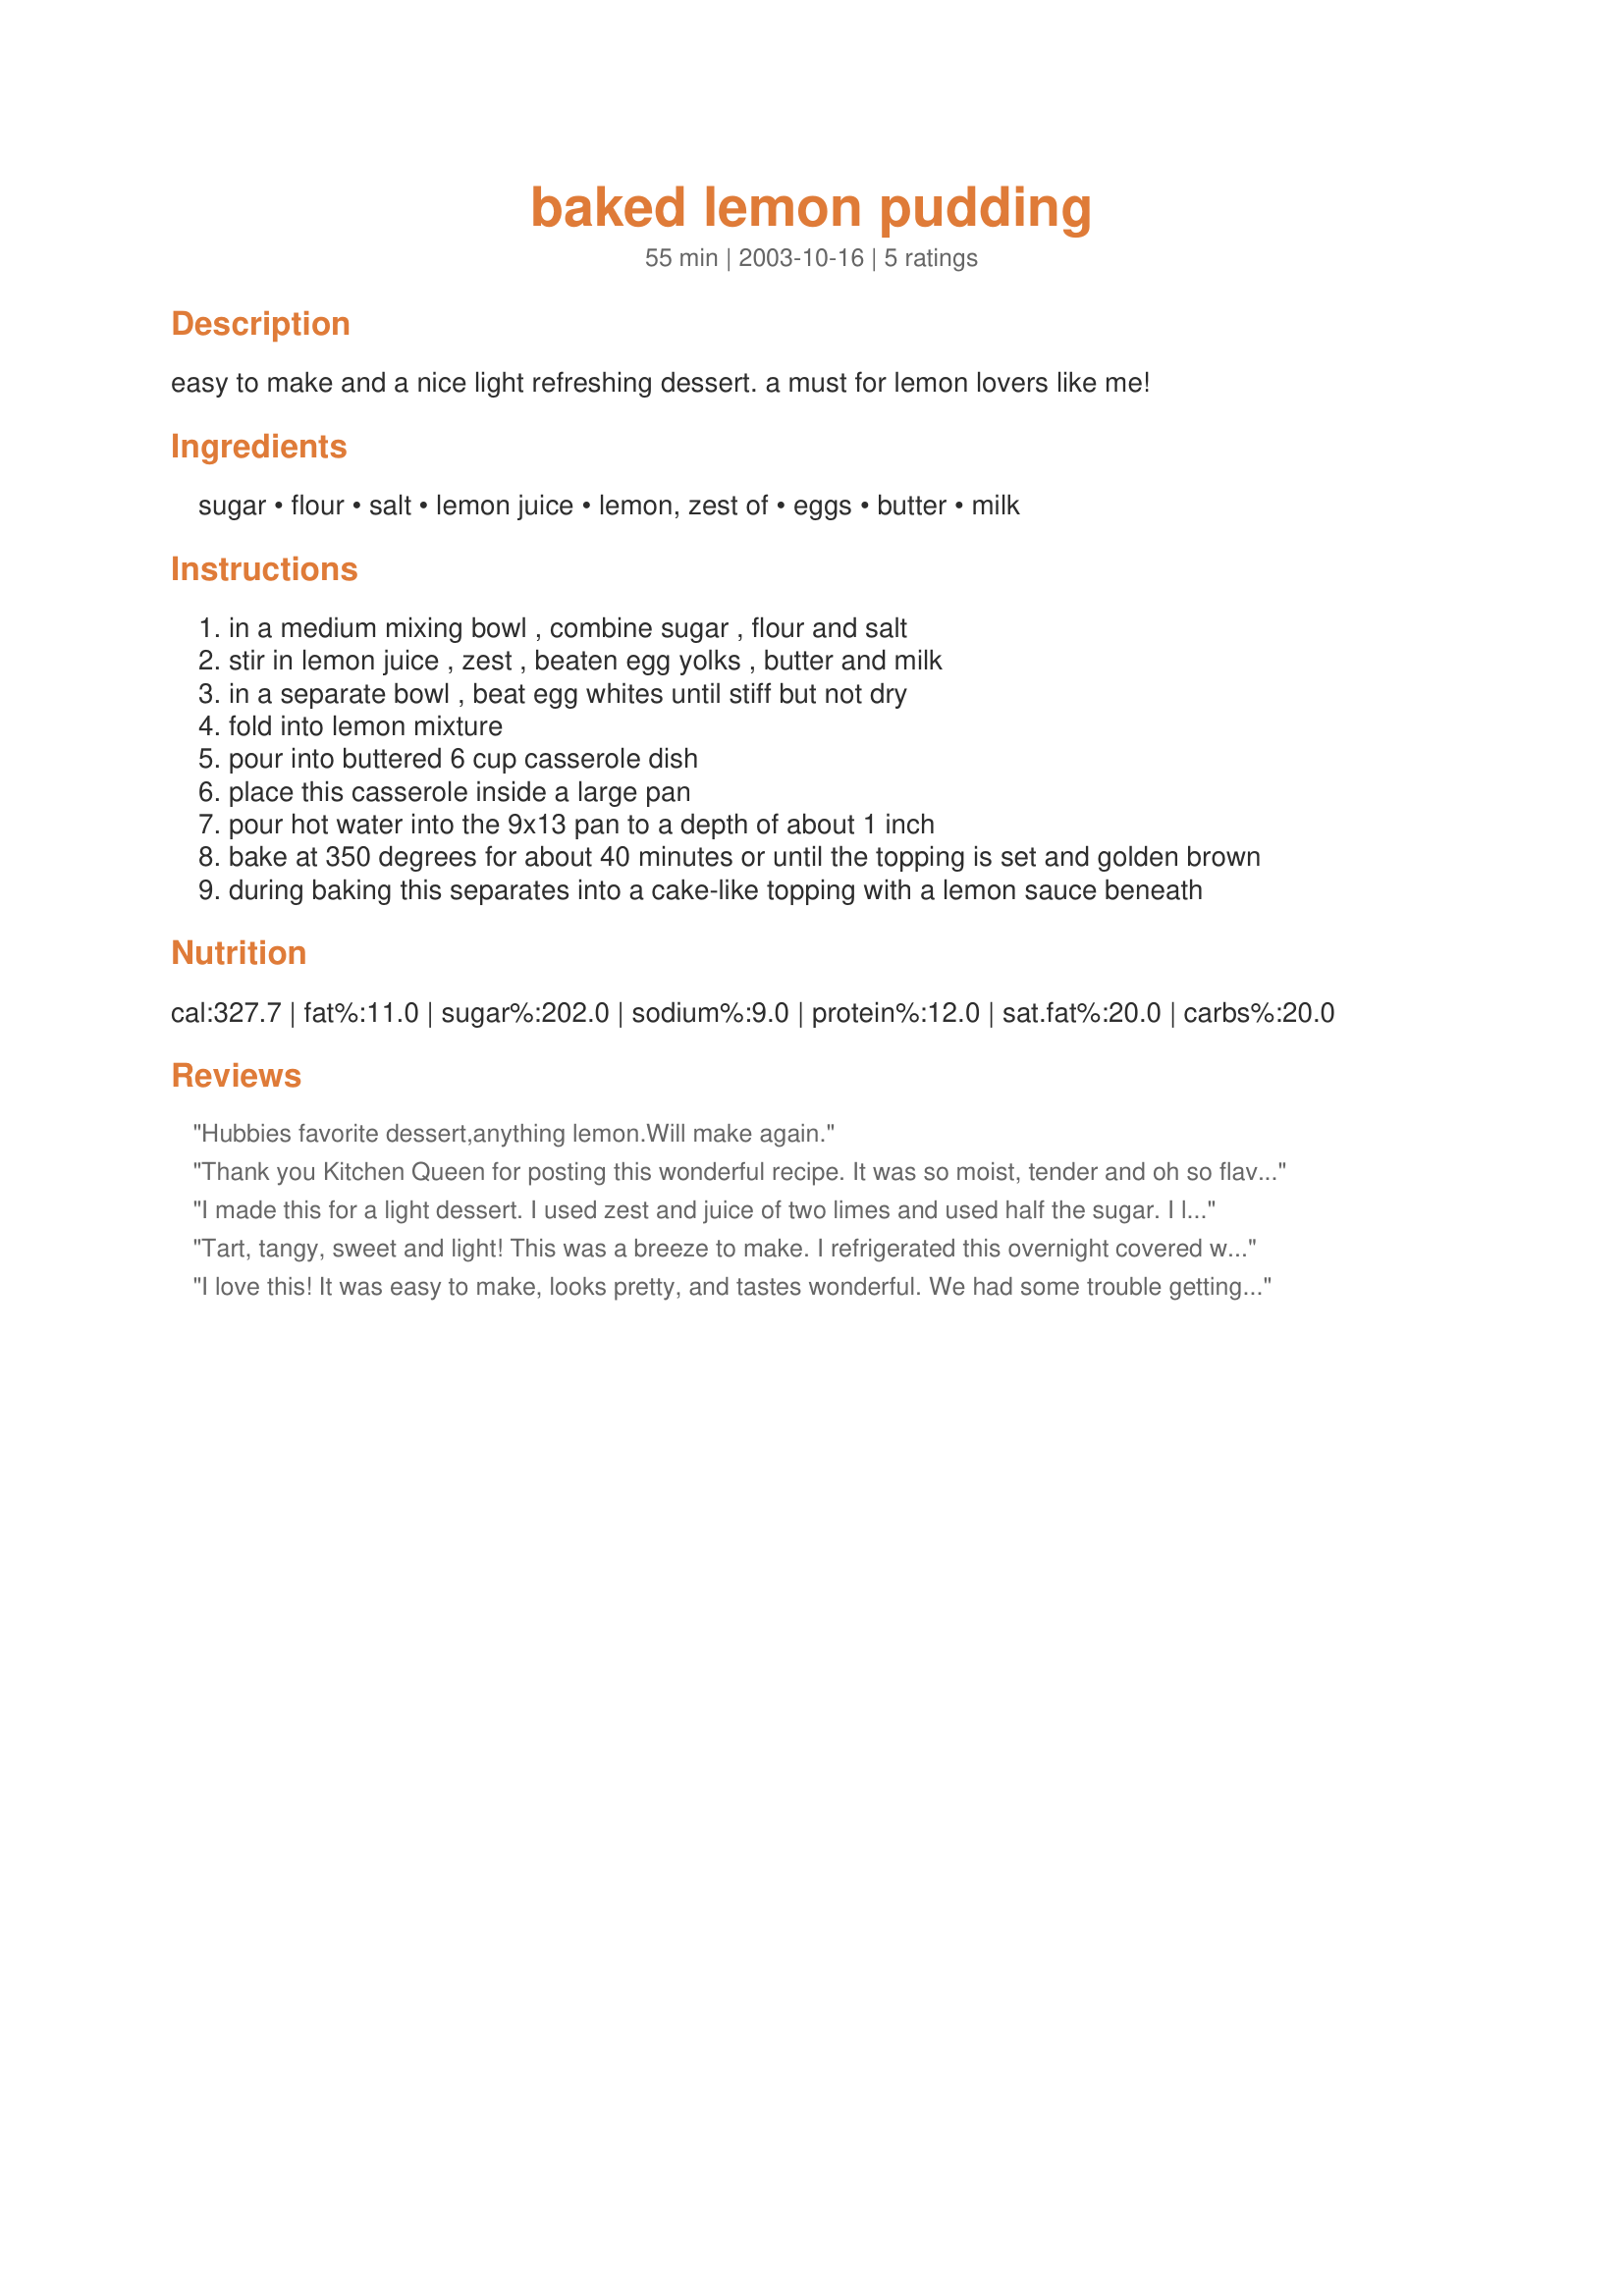
baked lemon pudding
Preparation time: 55 minutes

easy to make and a nice light refreshing dessert. a must for lemon lovers like me!

Ingredients:
sugar, flour, salt, lemon juice, lemon, zest of, eggs, butter, milk

Steps:
in a medium mixing bowl , combine sugar , flour and salt
stir in lemon juice , zest , beaten egg yolks , butter and milk
in a separate bowl , beat egg whites until stiff but not dry
fold into lemon mixture
pour into buttered 6 cup casserole dish
place this casserole inside a large pan
pour hot water into the 9x13 pan to a depth of about 1 inch
bake at 350 degrees for about 40 minutes or until the topping is set and golden brown
during baking this separates into a cake-like topping with a lemon sauce beneath

Reviews:
Hubbies favorite dessert,anything lemon.Will make again.
Thank you Kitchen Queen for posting this wonderful recipe. It was so moist, tender and oh so flavourful. A lovely addition to my personal cookbook. Lemon Pudding Cake is one of my husband's favourite desserts. He was over the moon, about how great the cake was...and can I make another real soon.
I made this for a light dessert. I used zest and juice of two limes and used half the sugar. I liked how it turned . Thank you for a great recipe
Tart, tangy, sweet and light! This was a breeze to make. I refrigerated this overnight covered with foil and it was delicious! I loved the nice pudding on the bottom and the light, airy cake on top. I am a huge fan of lemon, so this is a definite keeper. Thank you!
I love this! It was easy to make, looks pretty, and tastes wonderful. We had some trouble getting four servings out of it though. (My fault entirely, it was just too good.) Very yummy, and quite low fat too, which is what prompted me to try it in the first place.
